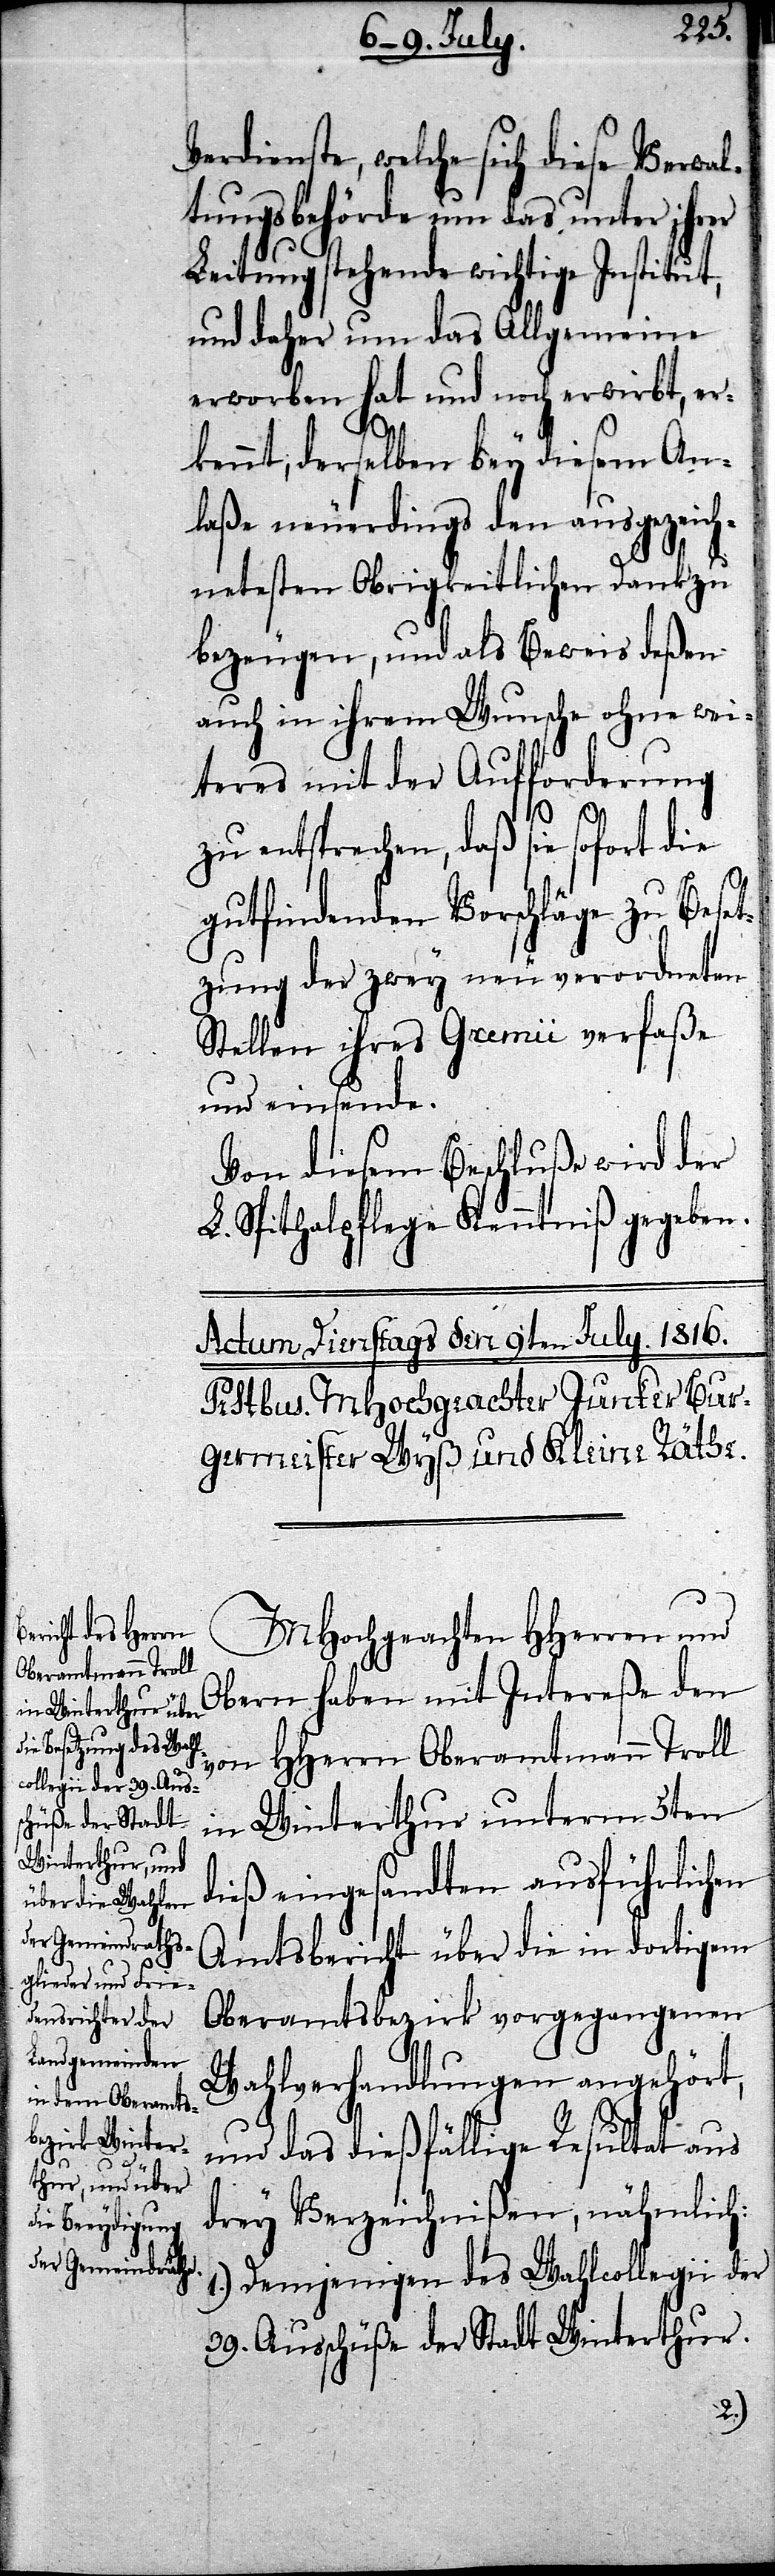
erdienste, welche sich diese Verwal¬
tungsbehörde um das unter ihr¬
Leitung stehende wichtige Institut,
und daher um das Allgemeine
erworben hat und noch erwirbt, erk¬
ennt, derselben bey diesem An¬
laße neuerdings den ausgezeich¬
netesten Obrigkeitlichen Dank zu
bezeugen, und als Beweis deßen
auch in ihrem Wunsche ohne wei¬
teres mit der Aufforderung
zu entsprechen, daß sie sofort die
er
gutfindenden Vorschläge zu Beset¬
zung der zwey neu verordneten
Stellen ihres Gremii verfaße
und einsende.
Von diesem Beschluße wird der
L. Spithalpflege Kenntniß gegeben.
MHochgeachten HHerren und
Obern haben mit Intereße den
von HHerrn Oberamtmann Troll
in Winterthur unterm 5ten
dieß eingesandten ausführlichen
Amtsbericht über die in dortigem
Oberamtsbezirk vorgegangenen
Wahlverhandlungen angehört,
und das dießfällige Resultat aus
drey Verzeichnißen, nähmlich:
1.) Demjenigen des Wahlcollegii der
39. Ausschüße der Stadt Winterthur.